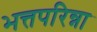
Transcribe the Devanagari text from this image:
भत्तपरिन्ना